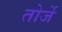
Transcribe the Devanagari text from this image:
तोर्जे